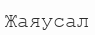
Жаяусал